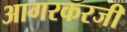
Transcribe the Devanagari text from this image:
आगरकरजी